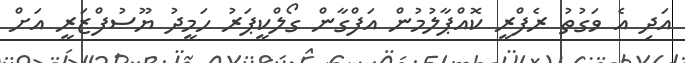
އަދި އެ ވަގުތު ރެފްރީ ކޮއްޕާލުމުން އަފްގާން ގޯލްކީޕަރު ހަމީދު ޔޫސުފްޒަރީ އަށް